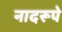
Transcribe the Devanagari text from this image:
नादरूपे